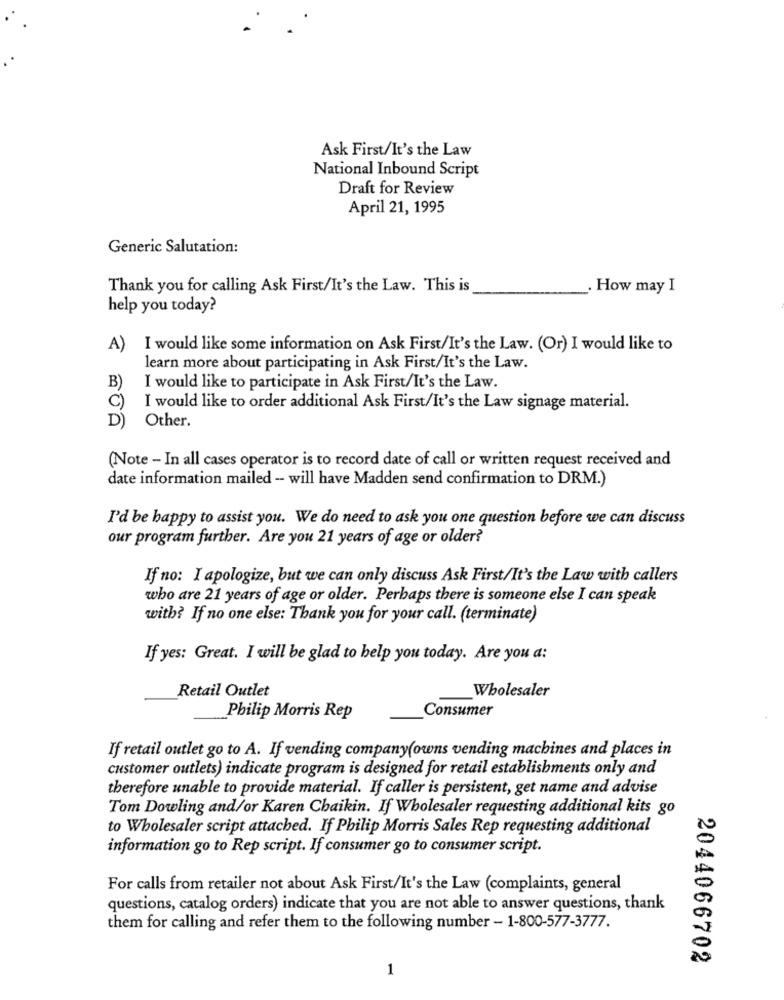
Ask First/It's the Law
National Inbound Script
Draft for Review
April 21, 1995
Generic Salutation:
Thank you for calling Ask First/It's the Law. This is
How may I
help you today?
A)
I would like some information on Ask First/It's the Law. (Or) I would like to
learn more about participating in Ask First/It's the Law.
B
I would like to participate in Ask First/It's the Law.
C)
I would like to order additional Ask First/It's the Law signage material.
Other.
D)
(Note - In all cases operator is to record date of call or written request received and
date information mailed - will have Madden send confirmation to DRM.)
I'd be happy to assist you. We do need to ask you one question before we can discuss
our program further. Are you 21 years of age or older?
If no: I apologize, but we can only discuss Ask First/It's the Law with callers
who are 21 years of age or older. Perhaps there is someone else I can speak
with? If no one else: Thank you for your call. (terminate)
If yes: Great. I will be glad to help you today. Are you a:
Wholesaler
Retail Outlet
Consumer
Philip Morris Rep
If retail outlet go to A. If vending company(owns vending machines and places in
customer outlets) indicate program is designed for retail establishments only and
therefore unable to provide material. If caller is persistent, get name and advise
Tom Dowling and/or Karen Chaikin. If Wholesaler requesting additional kits go
to Wholesaler script attached. If Philip Morris Sales Rep requesting additional
information go to Rep script. If consumer go to consumer script.
For calls from retailer not about Ask First/It's the Law (complaints, general
questions, catalog orders) indicate that you are not able to answer questions, thank
them for calling and refer them to the following number - 1-800-577-3777.
2044066702
1